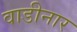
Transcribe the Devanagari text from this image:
वाडीनार